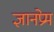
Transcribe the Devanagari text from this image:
ज्ञानप्रेम